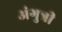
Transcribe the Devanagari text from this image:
अंगुत्री